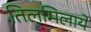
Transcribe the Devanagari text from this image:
तिलमिलाये